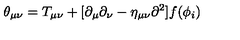
\theta _ { \mu \nu } = T _ { \mu \nu } + [ \partial _ { \mu } \partial _ { \nu } - \eta _ { \mu \nu } { \partial } ^ { 2 } ] f ( \phi _ { i } )